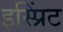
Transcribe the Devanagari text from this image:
इस्प्रिंट